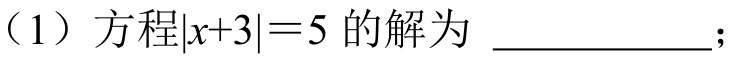
（1）方程\(\vert x + 3\vert=5\)的解为  ；